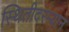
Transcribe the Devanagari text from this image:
स्थितीदरम्यान